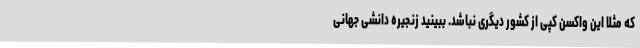
که مثلا این واکسن کپی از کشور دیگری نباشد. ببینید زنجیره دانشی جهانی